Maemoisa_(Sinalepa)_vallavalitsus, lk 53
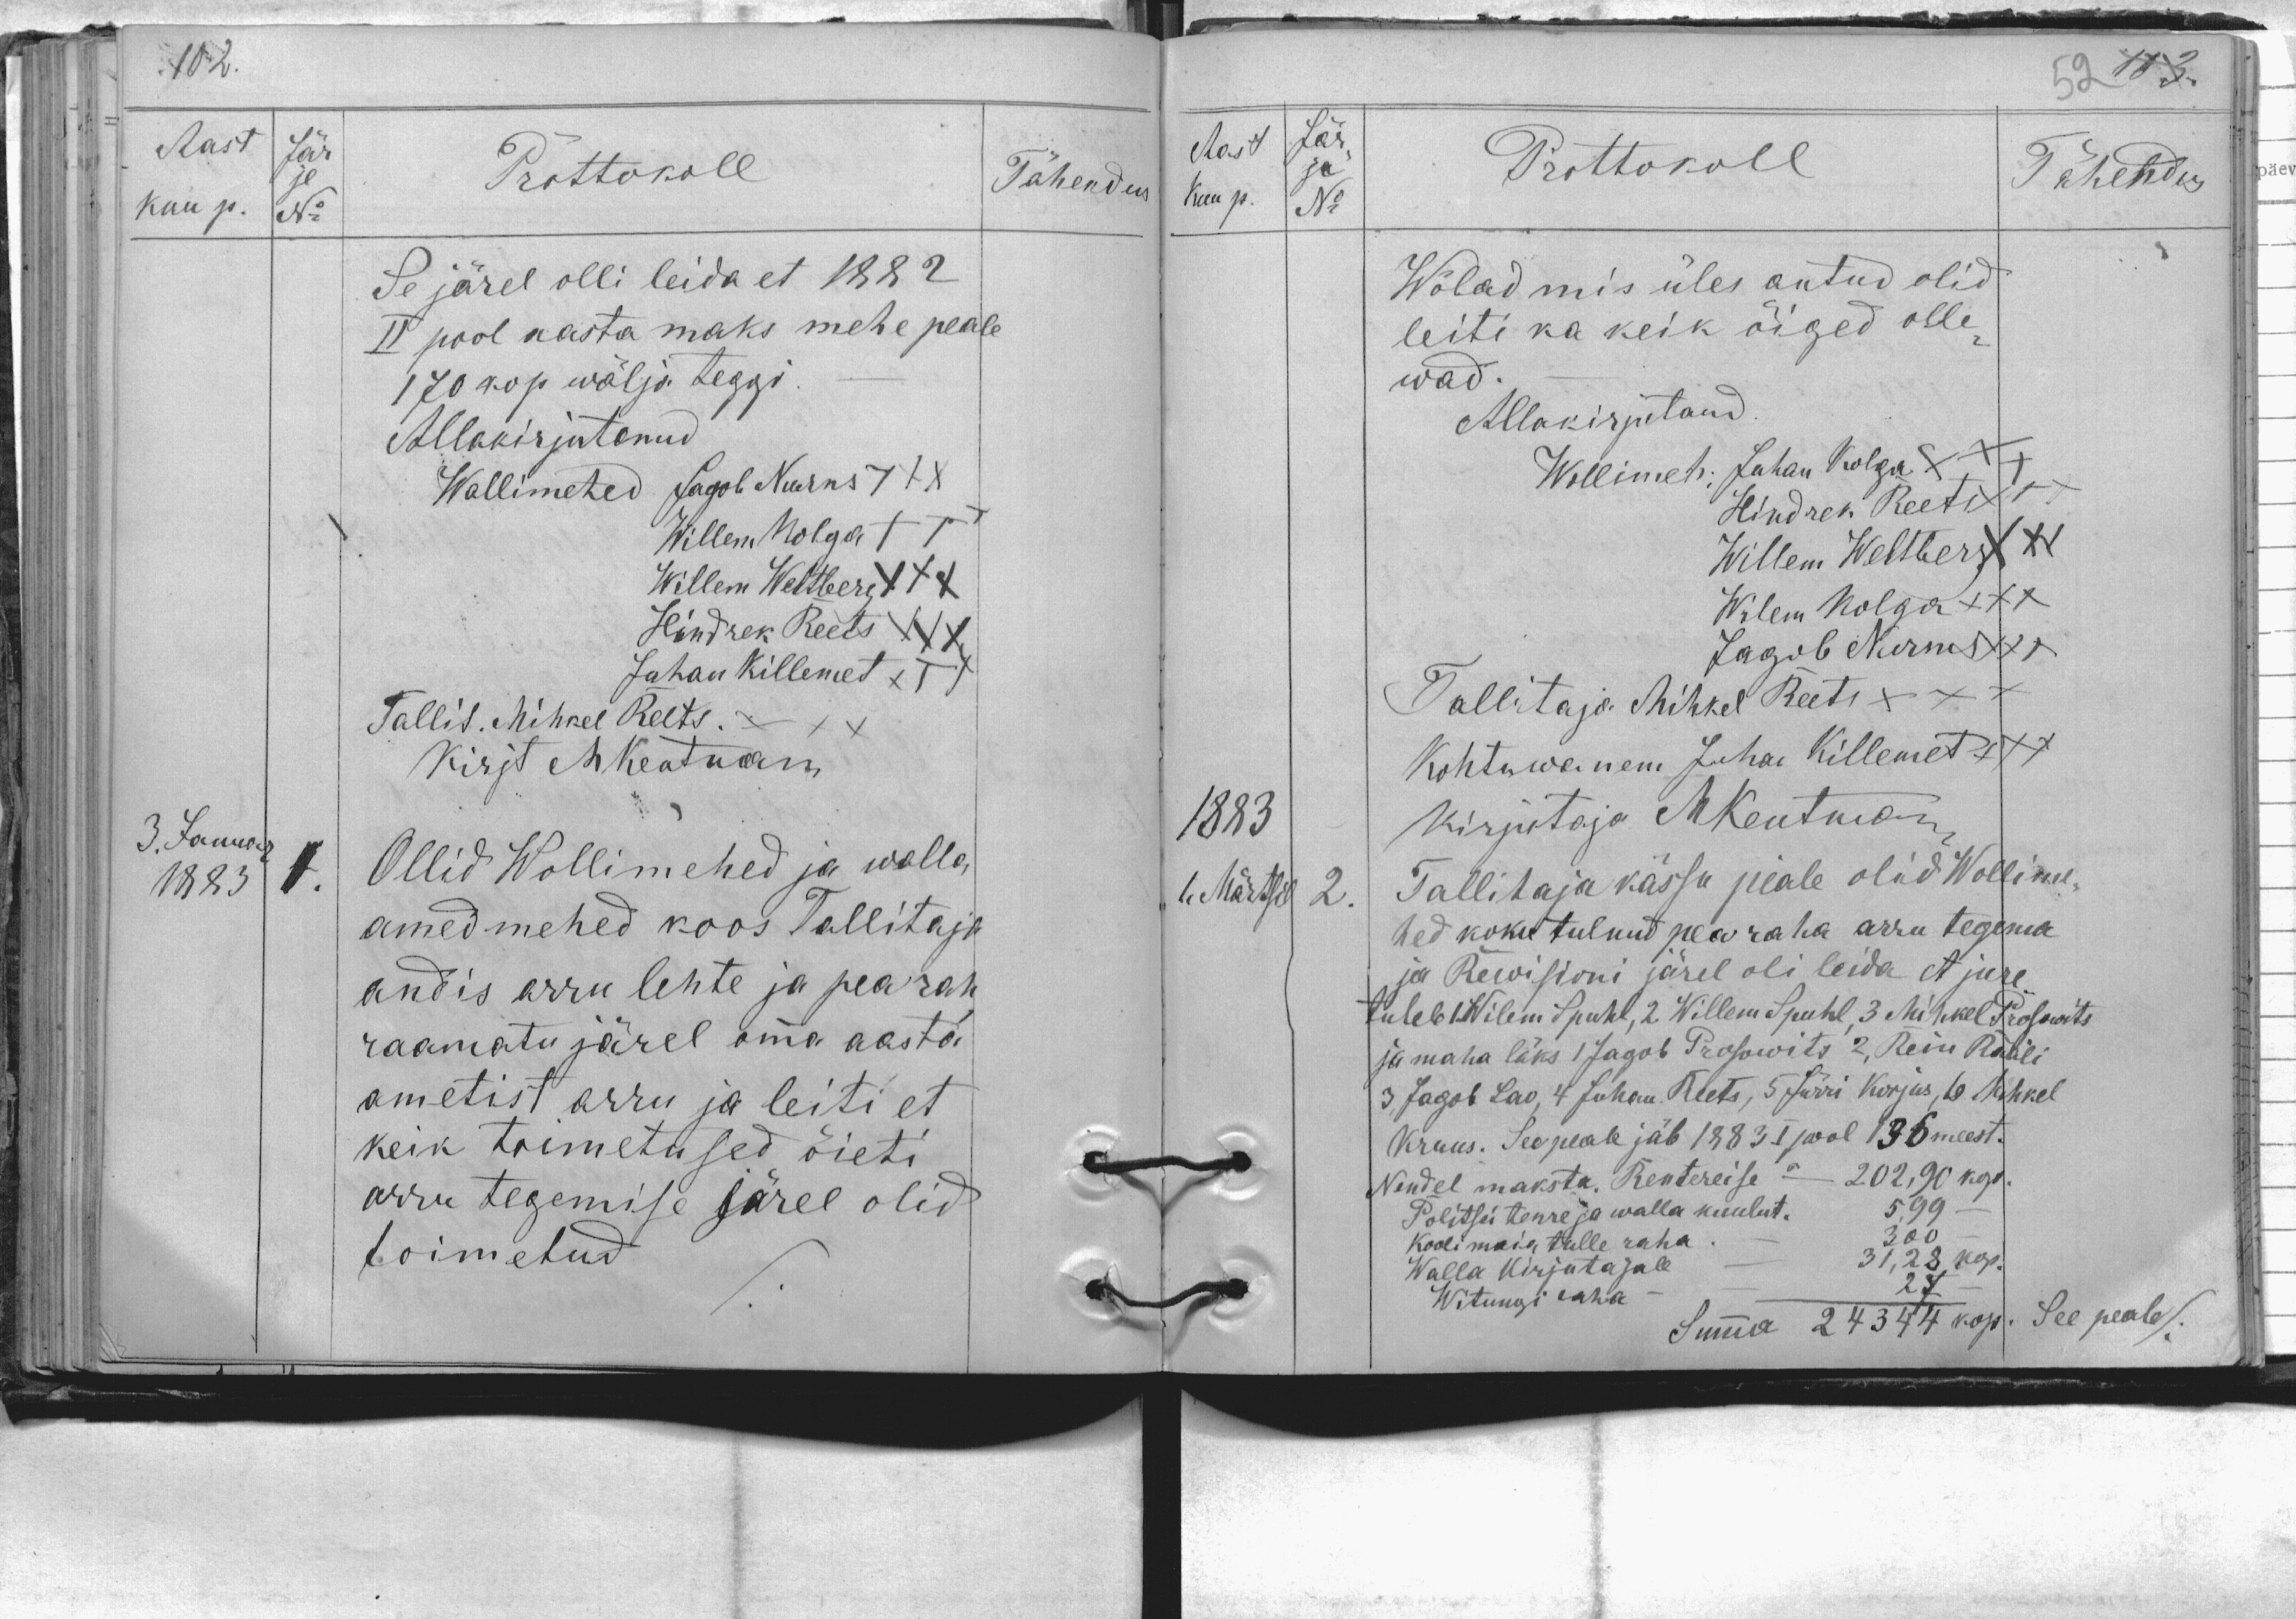
Aast
Jär
Prottokoll
Tähendus
kuu p.
No
je
Se järel olli leida et 1882
II pool aasta maks mehe peale
170 kop wälja teggi
Allakirjutanud
Wollimehed Jagob Nurns XXX
Willem Kolga XXX
Willem Weltberg XXX
Hindrek Reets XXX
Juhan Killemet XXX
Tallit. Mihkel Reets.
Kirjt MKentman
3. Januar
1883
Ollid Wollimehed ja walla
amedmehed koos Tallitaja
andis arru lehte ja pearah
raamatu järel omma aasta
ametist arru ja leiti et
keik toimetused õieti
arru tegemise järel olid
toimetud

Aast
Jär
je
Prottokoll
Tähendus
Kuu p.
No
Wõlad mis üles antud olid
leiti ka keik õiged olle-
wad.
Allakirjutand
Wollimeh: Juhan Kolga XXX
Hindrek Reets XXX
Willem Weltberg XXX
Wilem Kolga XXX
Jagob Nurms XXX
Tallitaja Mihkel Reets XXX
Kohtuwanem Juhan Killemet XXX
1883
kirjutaja MKentman
1 Märtsil
2.
Tallitaja kässu peale olid Wollime-
hed koku tulnud pea raha arru tegema
ja Rewisioni järel oli leida et jure
tuleb 1. Wilem Spuhl, 2 Willem Spuhl 3 Mihkel Prosowits
ja maha läks 1 Jagob Prosowits 2, Rein Rääli
3. Jagob Lao, 4 Juhan Reets, 5 Jürri Korjus, 6 Mihkel
Kruus. See peale jäb 1883 I pool 136 meest.
Nendel maksta Rentereise – 202,90 kop.
Politsei tenre ja walla kuulut. 5,99
Kooli maia tulle raha - 300
Walla kirjutajale - 31,28 kop.
Witungi raha – – 27
Summa 24344 kop. See peale/.